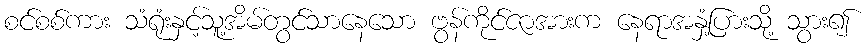
စင်စစ်ကား သံရုံးနှင့်သူ့အိမ်တွင်သာနေသော ဗွန်ကိုင်ဇာအားက နေရာအနှံ့ပြားသို့ သွား၍